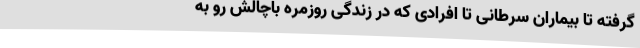
گرفته تا بیماران سرطانی تا افرادی که در زندگی روزمره باچالش رو به